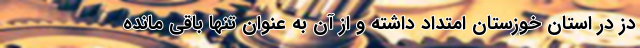
دز در استان خوزستان امتداد داشته و از آن به عنوان تنها باقی مانده